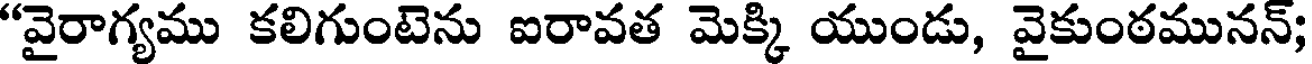
"వైరాగ్యము కలిగుంటెను ఐరావత మెక్కి యుండు, వైకుంఠమునన్